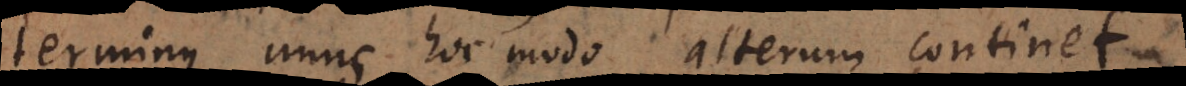
terminus unus hoc modo alterum continet